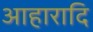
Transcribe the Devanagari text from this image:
आहारादि